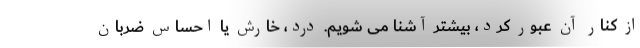
از کنار آن عبور کرد، بیشتر آشنا می شویم. درد، خارش یا احساس ضربان